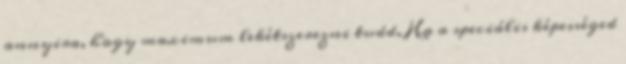
annyira, hogy maximum lekétszerezni tudd. Ha a speciális képességed